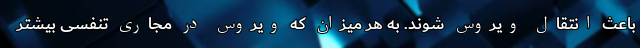
باعث انتقال ویروس شوند. به هر میزان که ویروس در مجاری تنفسی بیشتر